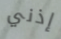
إذني